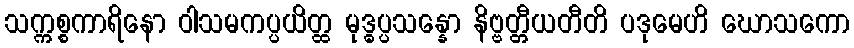
သက္ကစ္စကာရိနော ဝါသမကပ္ပယိတ္ထ မုဒ္ဓပ္ပသန္နော နိဗ္ဗတ္တီယတီတိ ပဒုမေဟိ ဃောသကော